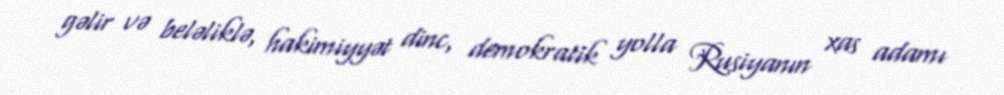
gəlir və beləliklə, hakimiyyət dinc, demokratik yolla Rusiyanın xas adamı